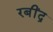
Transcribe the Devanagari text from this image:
रबींद्र